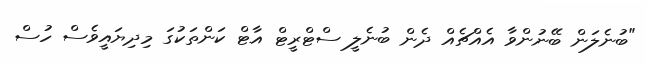
"ބުނެލަން ބޭނުންވާ އެއްޗެއް ދެން ބުނެލީ ސްޓްރީޓް އާޓް ކަންތަކުގަ މިދިޔައީވެސް ހުސް